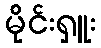
မိုင်းရှူး